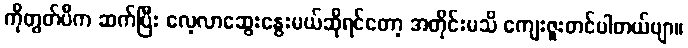
ကိုတွတ်ပီက ဆက်ပြီး လေ့လာဆွေးနွေးမယ်ဆိုရင်တော့ အတိုင်းမသိ ကျေးဇူးတင်ပါတယ်ဗျာ။